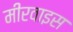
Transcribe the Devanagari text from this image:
मीरवाइस